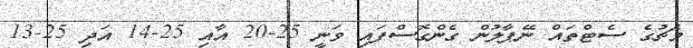
މެޗުގެ ސެޓްތައް ނޭޕާލުން ގެންގޮސްފައި ވަނީ 25-20 އާއި 25-14 އަދި 25-13